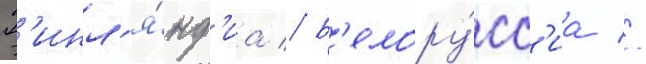
Ф'инл'я́нд'иа // Б'елору́сс'иа //